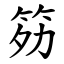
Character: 䇟